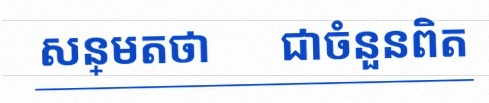
សន្មតថា x ជាចំនួនពិត